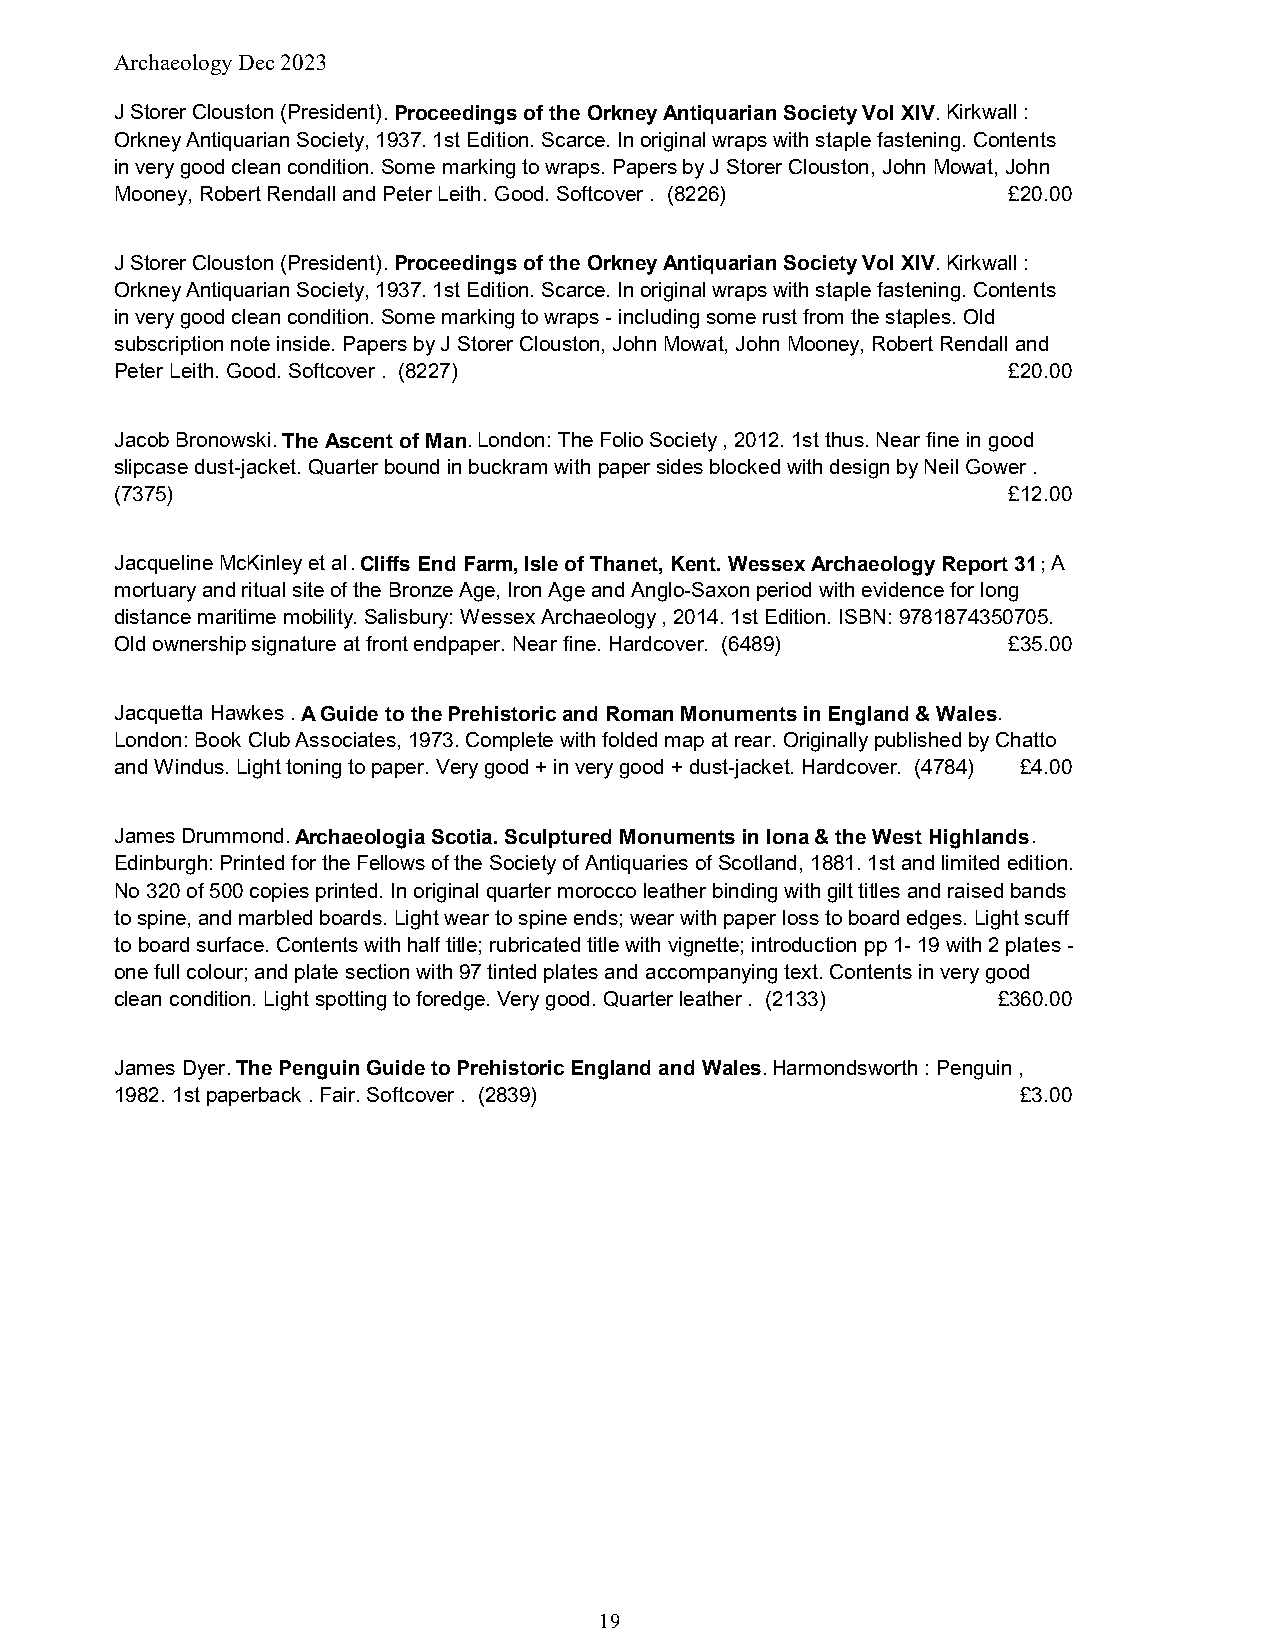
Archaeology Dec 2023
 J Storer Clouston (President).Proceedings of the Orkney Antiquarian Society Vol XIV.Kirkwall :
 Orkney Antiquarian Society, 1937. 1st Edition. Scarce. In original wraps with staple fastening. Contents
 in very good clean condition. Some marking to wraps. Papers by J Storer Clouston, John Mowat, John
 Mooney, Robert Rendall and Peter Leith. Good. Softcover . (8226) £20.00
 J Storer Clouston (President).Proceedings of the Orkney Antiquarian Society Vol XIV.Kirkwall :
 Orkney Antiquarian Society, 1937. 1st Edition. Scarce. In original wraps with staple fastening. Contents
 in very good clean condition. Some marking to wraps - including some rust from the staples. Old
 subscription note inside. Papers by J Storer Clouston, John Mowat, John Mooney, Robert Rendall and
 Peter Leith. Good. Softcover . (8227)                      £20.00
 Jacob Bronowski.The Ascent of Man.London: The Folio Society , 2012. 1st thus. Near fine in good
 slipcase dust-jacket. Quarter bound in buckram with paper sides blocked with design by Neil Gower .
 (7375)                                                     £12.00
 Jacqueline McKinley et al.Cliffs End Farm, Isle of Thanet, Kent. Wessex Archaeology Report 31;A
 mortuary and ritual site of the Bronze Age, Iron Age and Anglo-Saxon period with evidence for long
 distance maritime mobility. Salisbury: Wessex Archaeology , 2014. 1st Edition. ISBN: 9781874350705.
 Old ownership signature at front endpaper. Near fine. Hardcover. (6489) £35.00
 Jacquetta Hawkes .A Guide to the Prehistoric and Roman Monuments in England & Wales.
 London: Book Club Associates, 1973. Complete with folded map at rear. Originally published by Chatto
 and Windus. Light toning to paper. Very good + in very good + dust-jacket. Hardcover. (4784) £4.00
 James Drummond.Archaeologia Scotia. Sculptured Monuments in Iona & the West Highlands.
 Edinburgh: Printed for the Fellows of the Society of Antiquaries of Scotland, 1881. 1st and limited edition.
 No 320 of 500 copies printed. In original quarter morocco leather binding with gilt titles and raised bands
 to spine, and marbled boards. Light wear to spine ends; wear with paper loss to board edges. Light scuff
 to board surface. Contents with half title; rubricated title with vignette; introduction pp 1- 19 with 2 plates -
 one full colour; and plate section with 97 tinted plates and accompanying text. Contents in very good
 clean condition. Light spotting to foredge. Very good. Quarter leather . (2133) £360.00
 James Dyer.The Penguin Guide to Prehistoric England and Wales.Harmondsworth : Penguin ,
 1982. 1st paperback . Fair. Softcover . (2839)              £3.00
 19